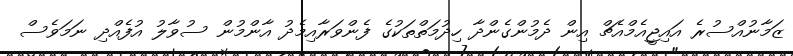
ޒަމާނުއްސުރެ އައިޖީއެމްއެޗް އިން ދެމުންގެންދާ ހިދުމަތްތަކުގެ ފެންވަރާއިމެދު އާންމުން ސުވާލު އުފެއްދި ނަމަވެސް